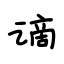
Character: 谪